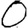
Digit: 0